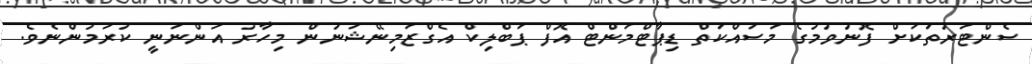
ސެންޓަރުތަކަށް ފޮނުވުމުގެ މަސައްކަތް ޑިޕާޓްމަންޓް އޮފް ޕަބްލިކް އެގްޒަމިނޭޝަނުން މިހާރު އަންނަނީ ކުރަމުންނެވެ.